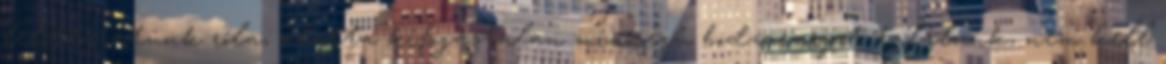
lelöttyintünk róla, alatta kifogástalan minőségű bodzaszörpöt találunk, nem kell